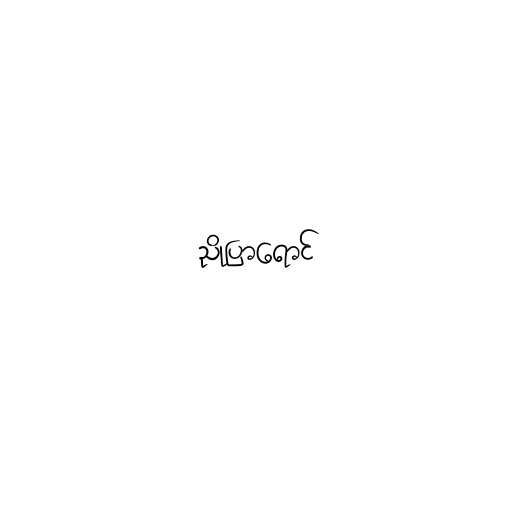
ညိုပြာရောင်